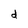
Character: d